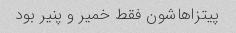
پیتزاهاشون فقط خمیر و پنیر بود